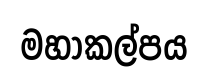
මහාකල්පය